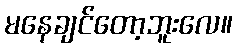
မနေချင်တော့ဘူးလေ။